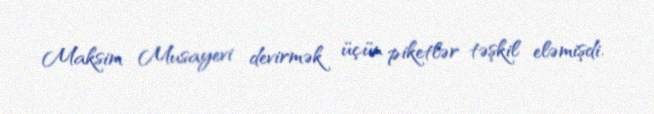
Maksim Musayevi devirmək üçün piketlər təşkil eləmişdi.